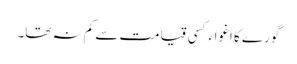
گورے کا اغواءکسی قیامت سے کم نہ تھا۔